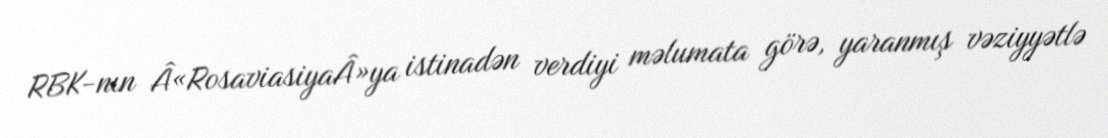
RBK-nın Â«RosaviasiyaÂ»ya istinadən verdiyi məlumata görə, yaranmış vəziyyətlə